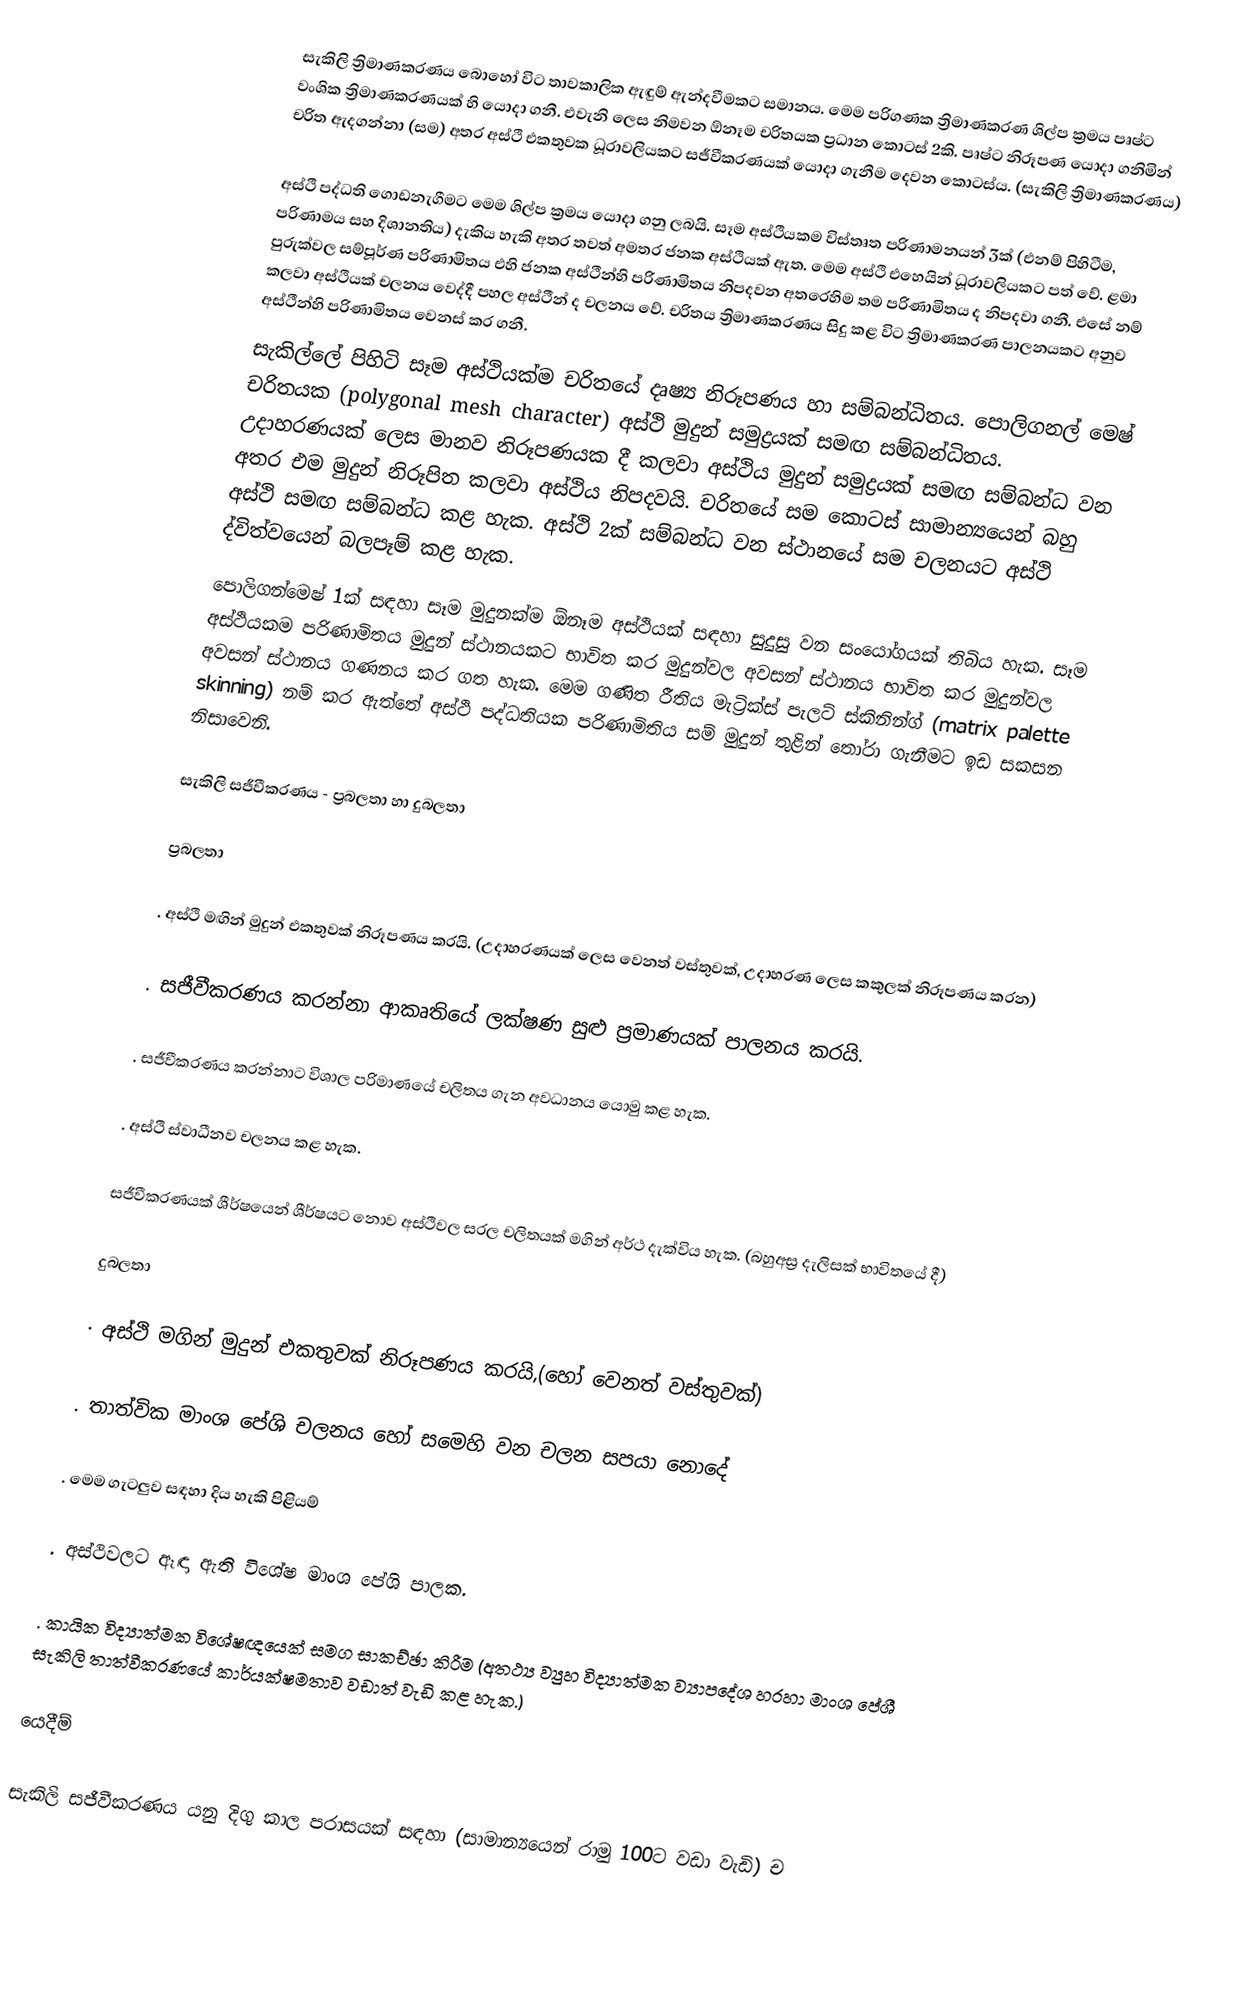
සැකිලි ත්‍රිමාණකරණය බොහෝ විට තාවකාලික ඇඳුම් ඇන්දවීමකට සමානය. මෙම පරිගණක ත්‍රිමාණකරණ ශිල්ප ක්‍රමය පෘෂ්ට වංශික ත්‍රිමාණකරණයක් හි යොදා ගනී. එවැනි ලෙස නිමවන ඕනෑම චරිතයක ප්‍රධාන කොටස් 2කි. පෘෂ්ට නිරූපණ යොදා ගනිමින් චරිත ඇදගන්නා (සම) අතර අස්ථි එකතුවක ධූරාවලියකට සජීවීකරණයක් යොදා ගැනීම දෙවන කොටස්ය. (සැකිලි ත්‍රිමාණකරණය)

අස්ථි පද්ධති ගොඩනැගීමට මෙම ශිල්ප ක්‍රමය යොදා ගනු ලබයි. සෑම අස්ථියකම විස්තෘත පරිණාමනයන් 3ක් (එනම් පිහිටීම, පරිණාමය සහ දිශානතිය) දැකිය හැකි අතර තවත් අමතර ජනක අස්ථියක් ඇත. මෙම අස්ථි එහෙයින් ධූරාවලියකට පත් වේ. ළමා පුරුක්වල සම්පූර්ණ පරිණාමිතය එහි ජනක අස්ථීන්හි පරිණාමිතය නිපදවන අතරෙහිම තම පරිණාමිතය ද නිපදවා ගනී. එසේ නම් කලවා අස්ථියක් චලනය වෙද්දී පහල අස්ථීන් ද චලනය වේ. චරිතය ත්‍රිමාණකරණය සිදු කළ විට ත්‍රිමාණකරණ පාලනයකට අනුව අස්ථීන්හි පරිණාමිතය වෙනස් කර ගනී.
සැකිල්ලේ පිහිටි සෑම අස්ථියක්ම චරිතයේ දෘෂ්‍ය නිරූපණය හා සම්බන්ධිතය. පොලිගනල් මෙෂ් චරිතයක (polygonal mesh character) අස්ථි මුදුන් සමුද්‍රයක් සමඟ සම්බන්ධිතය. උදාහරණයක් ලෙස මානව නිරූපණයක දී කලවා අස්ථිය මුදුන් සමුද්‍රයක් සමඟ සම්බන්ධ වන අතර එම මුදුන් නිරූපිත කලවා අස්ථිය නිපදවයි. චරිතයේ සම කොටස් සාමාන්‍යයෙන් බහු අස්ථි සමඟ සම්බන්ධ කළ හැක. අස්ථි 2ක් සම්බන්ධ වන ස්ථානයේ සම චලනයට අස්ථි ද්විත්වයෙන් බලපෑම් කළ හැක.
පොලිගන්මෙෂ් 1ක් සඳහා සෑම මුදුනක්ම ඕනෑම අස්ථියක් සඳහා සුදුසු වන සංයෝගයක් තිබිය හැක. සෑම අස්ථියකම පරිණාමිතය මුදුන් ස්ථානයකට භාවිත කර මුදුන්වල අවසන් ස්ථානය භාවිත කර මුදුන්වල අවසන් ස්ථානය ගණනය කර ගත හැක. මෙම ගණිත රීතිය මැට්‍රික්ස් පැලට් ස්කිනින්ග් (matrix palette skinning) නම් කර ඇත්තේ අස්ථි පද්ධතියක පරිණාමිතිය සම් මුදුන් තුළින් තෝරා ගැනීමට ඉඩ සකසන නිසාවෙනි.

සැකිලි සජීවීකරණය - ප්‍රබලතා හා දුබලතා

ප්‍රබලතා

.	අස්ථි මඟින් මුදුන් එකතුවක් නිරූපණය කරයි. (උදාහරණයක් ලෙස වෙනත් වස්තුවක්, උදාහරණ ලෙස කකුලක් නිරූපණය කරන)

.	සජීවීකරණය කරන්නා ආකෘතියේ ලක්ෂණ සුළු ප්‍රමාණයක් පාලනය කරයි.

.	සජීවීකරණය කරන්නාට විශාල පරිමාණයේ චලිතය ගැන අවධානය යොමු කළ හැක.

.	 අස්ථි ස්වාධීනව චලනය කළ හැක.

සජීවීකරණයක් ශීර්ෂයෙන් ශීර්ෂයට නොව අස්ථිවල සරල චලිතයක් මගින් අර්ථ දැක්විය හැක. (බහුඅස්‍ර දැලිසක් භාවිතයේ දී)

දුබලතා

·	අස්ථි මගින් මුදුන් එකතුවක් නිරූපණය කරයි,(හෝ වෙනත් වස්තුවක්)

.	තාත්වික මාංශ පේශි චලනය හෝ සමෙහි වන චලන සපයා නොදේ

.	මෙම ගැටලුව සඳහා දිය හැකි පිළියම්

.	අස්ථිවලට ඈඳා ඇති විශේෂ මාංශ පේශි පාලක.

.	කායික විද්‍යාත්මක විශේෂඥයෙක් සමග සාකච්ඡා කිරීම (අතථ්‍ය ව්‍යුහ විද්‍යාත්මක ව්‍යාපදේශ හරහා මාංශ පේශී සැකිලි තාත්වීකරණයේ කාර්යක්ෂමතාව වඩාත් වැඩි කළ හැක.)

යෙදීම්

සැකිලි සජීවීකරණය යනු දිගු කාල පරාසයක් සඳහා (සාමාන්‍යයෙන් රාමු 100ට වඩා වැඩි) ච